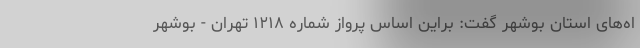
اه‌های استان بوشهر گفت: براین اساس پرواز شماره ۱۲۱۸ تهران - بوشهر